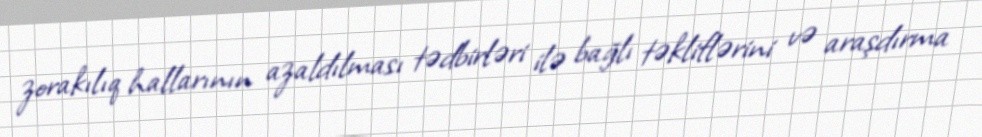
zorakılıq hallarının azaldılması tədbirləri ilə bağlı təkliflərini və araşdırma